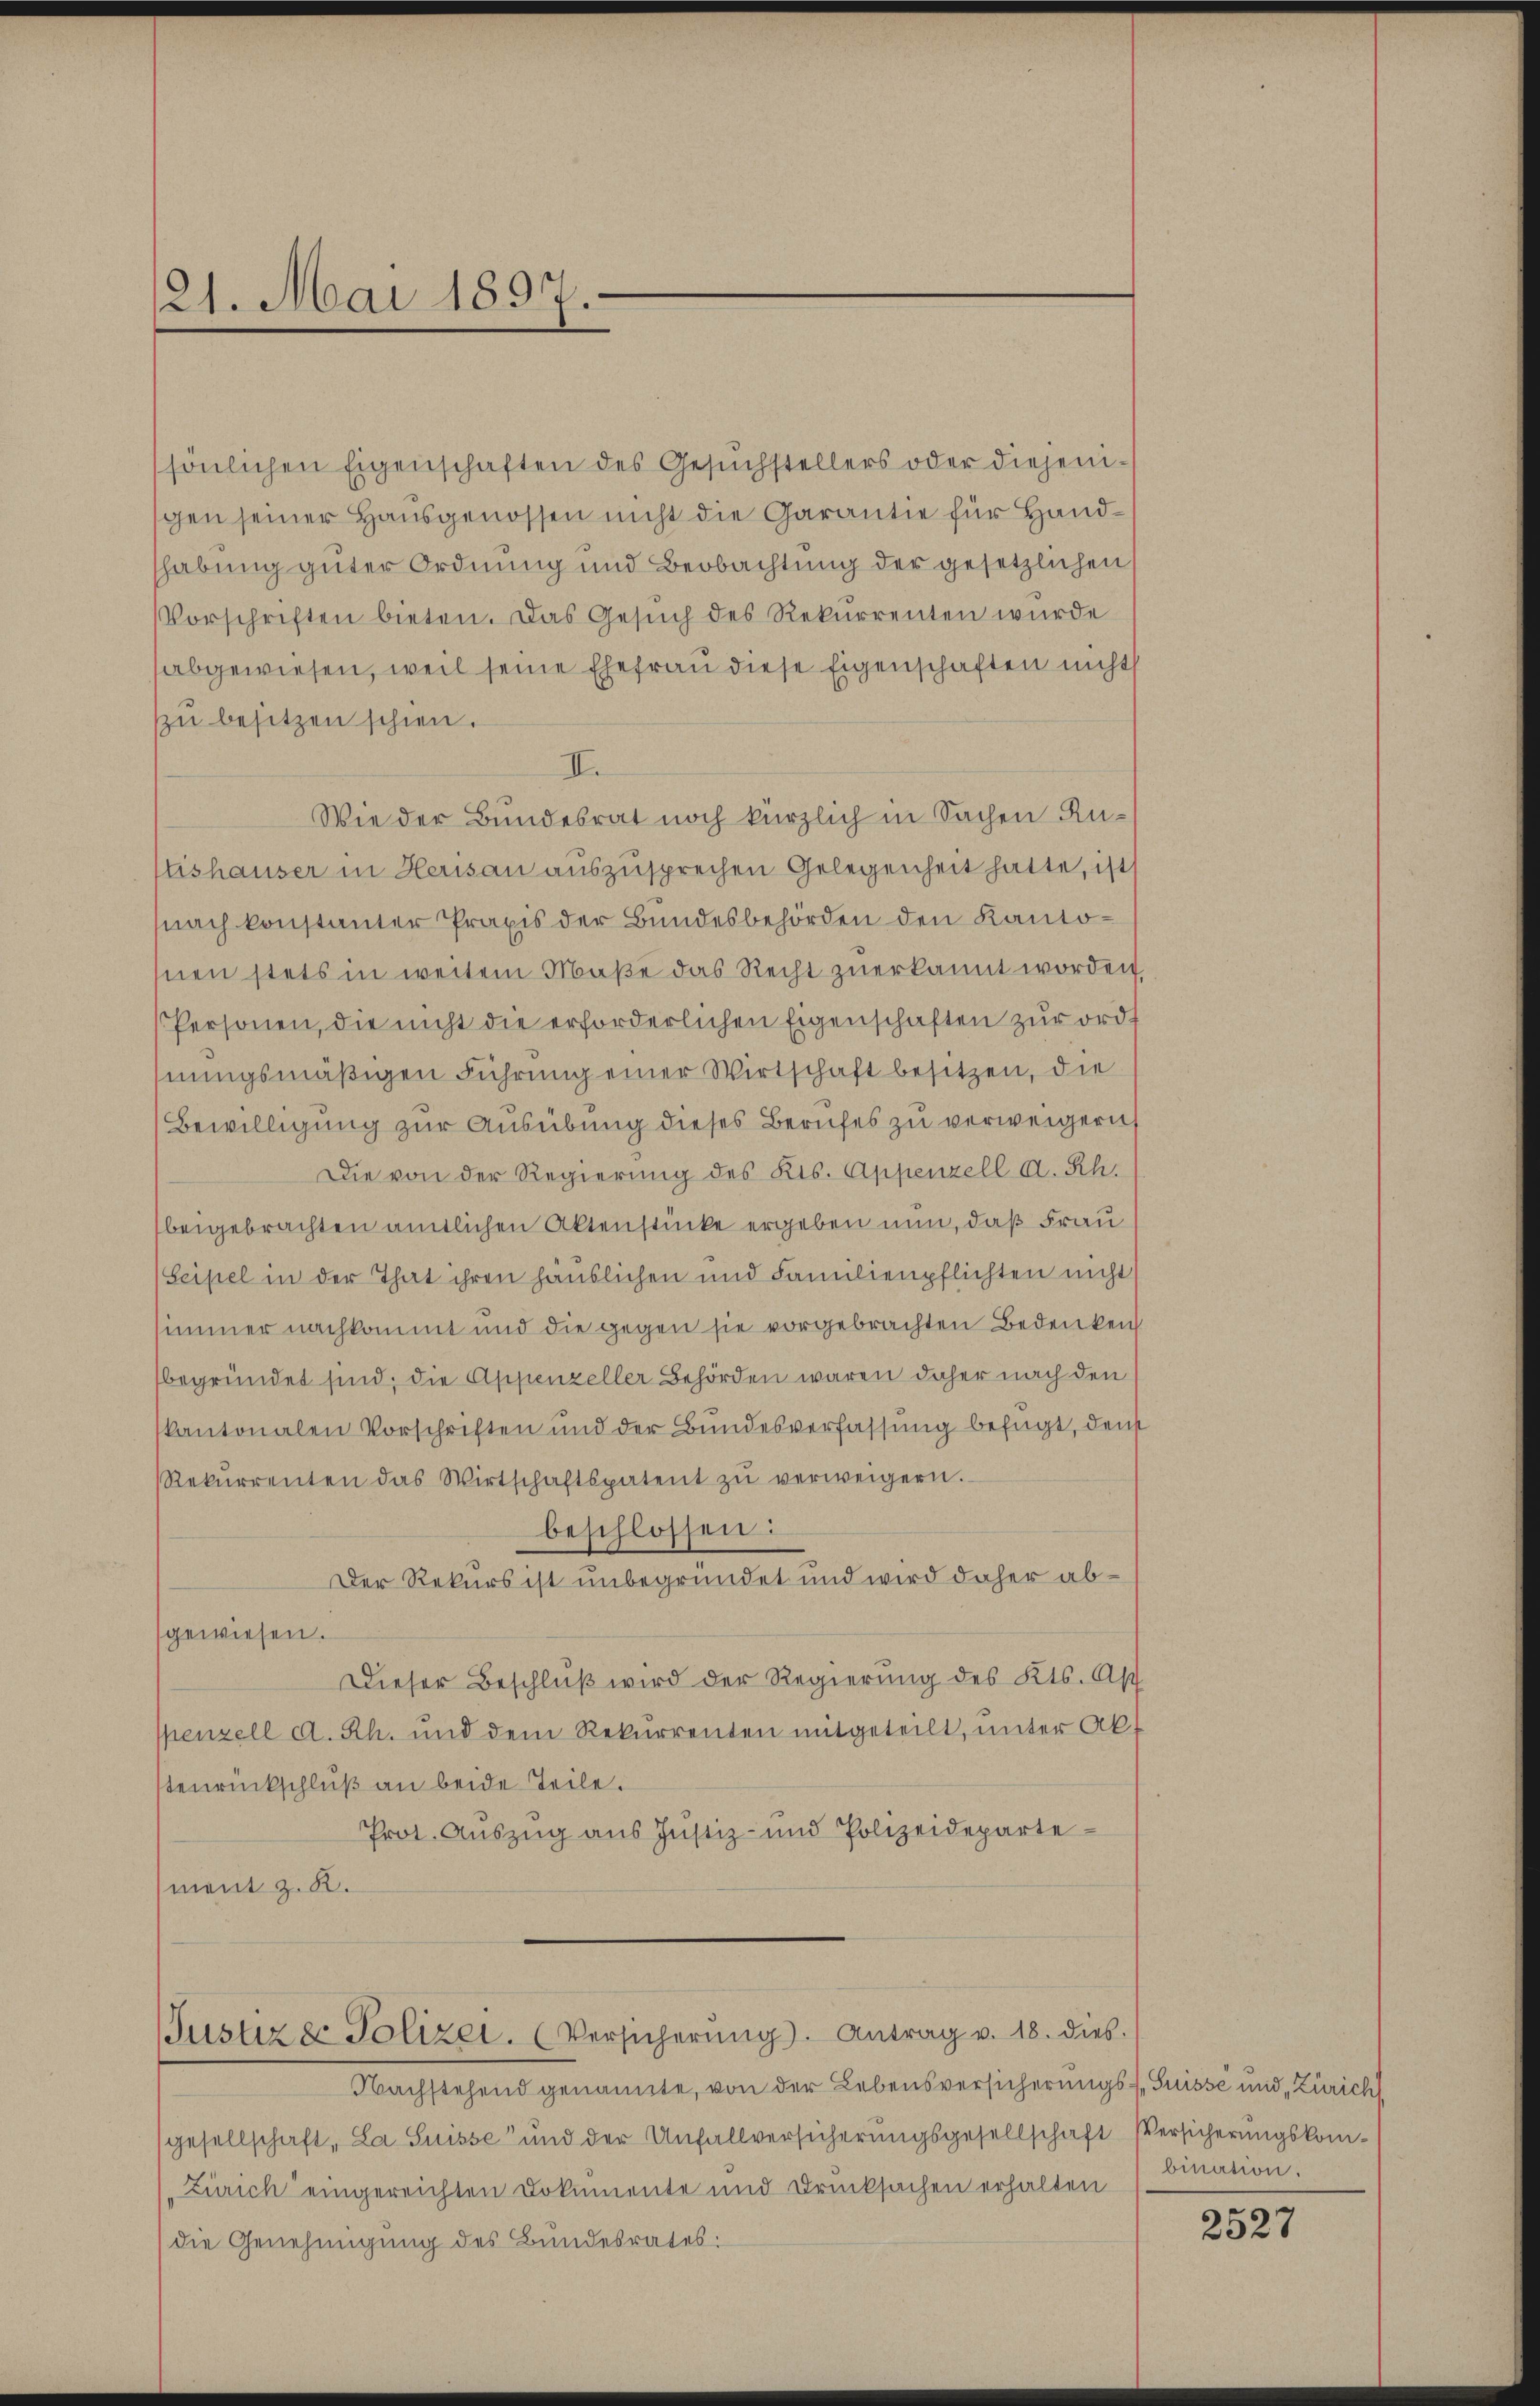
21. Mai 1897.

sönlichen Eigenschaften des Gesŭchstellers oder diejenigen seiner Hausgenossen nicht die Garantie für Handhabung guter Ordnung und Beobachtung der gesetzlichen
Vorschriften bieten. Das Gesŭch des Rekurrenten wurde
abgewiesen, weil seine Ehefrau diese Eigenschaften nicht
zŭ besitzen schien.
II.
Wie der Bundesrat noch kürzlich in Sachen Rutishauser in Herisau auszusprechen Gelegenheit hatte, ist
nach konstanter Praxis der Bundesbehörden den Kantosnen stets in weitem Maße das Recht zuerkannt worden.
Personen, die nicht die erforderlichen Eigenschaften zur ordhnungsmäßigen Führung einer Wirtschaft besitzen, die
Bewilligung zur Ausübung dieses Berufes zu verweigern
Die von der Regierung des Kts. Appenzell A. Rh.
beigebrachten amtlichen Aktenstücke ergeben nun, daß Frau
Seipel in der That ihren häuslichen und Familienpflichten nicht
simmer nachkommt und die gegen sie vorgebrachten Bedenken
begründet sind, die Appenzeller Behörden waren daher nach den
kantonalen Vorschriften und der Bundesverfassung befügt, den
Rekurrenten das Wirtschaftspatent zŭ verweigern.
beschlossen:
Der Rekurs ist unbegründet und wird daher abgewiesen.
Dieser Beschluß wird der Regierung des Kts. Ap
spenzell d. Rh. und dem Rekurrenten mitgeteilt, unter Ak
tenrückschluß an beide Teile.
Prot. Aŭszŭg aŭs Jŭstiz- und Polizeideparte
ment z. B.

Justiz & Polizei. (Versicherŭng. Antrag v. 18. dies

Nachstehend genannte, von der Lebensversicherungs-Suisse und Zürich
gesellschaft, La Suisse und der Unfallversicherŭngsgesellschaft Versicherŭngskom-
Zürich eingereichten Dokumente und Drucksachen erhalten (mation.
die Genehmigung des Bundesrates:

2527